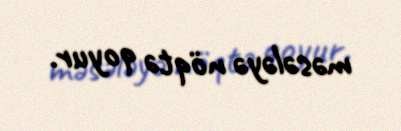
məsələyə nöqtə qoyur.